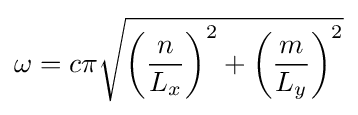
\omega =c\pi {\sqrt {\left({\frac {n}{L_{x}}}\right)^{2}+\left({\frac {m}{L_{y}}}\right)^{2}}}